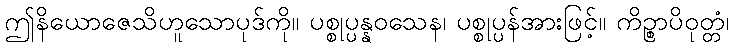
ဤနိယောဇေသိဟူသောပုဒ်ကို။ ပစ္စုပ္ပန္နဝသေန၊ ပစ္စုပ္ပန်အားဖြင့်။ ကိဉ္စာပိဝုတ္တံ၊